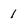
Character: 1